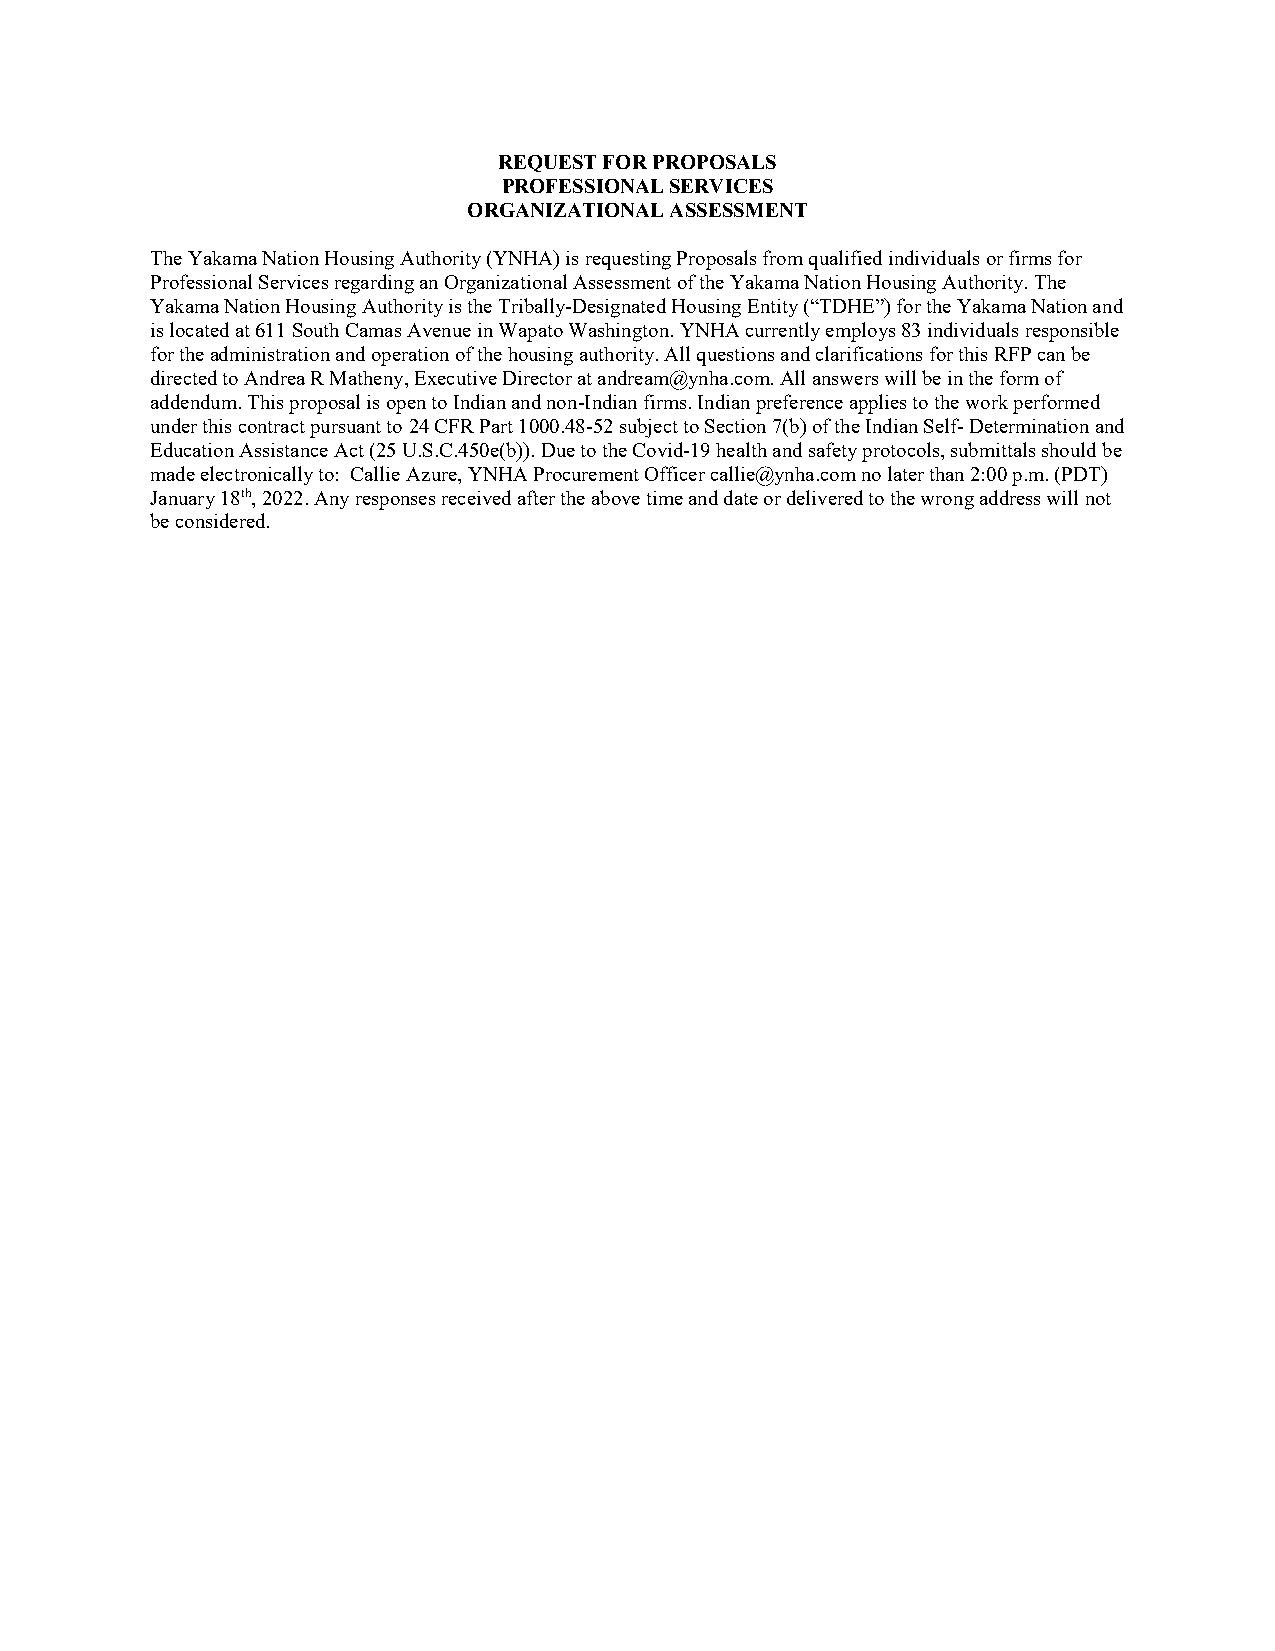
REQUEST FOR PROPOSALS
 PROFESSIONAL SERVICES
 ORGANIZATIONAL ASSESSMENT
 The Yakama Nation Housing Authority (YNHA) is requesting Proposals from qualified individuals or firms for
 Professional Services regarding an Organizational Assessment of the Yakama Nation Housing Authority. The
 Yakama Nation Housing Authority is the Tribally-Designated Housing Entity (“TDHE”) for the Yakama Nation and
 is located at 611 South Camas Avenue in Wapato Washington. YNHA currently employs 83 individuals responsible
 for the administration and operation of the housing authority. All questions and clarifications for this RFP can be
 directed to Andrea R Matheny, Executive Director at andream@ynha.com. All answers will be in the form of
 addendum. This proposal is open to Indian and non-Indian firms. Indian preference applies to the work performed
 under this contract pursuant to 24 CFR Part 1000.48-52 subject to Section 7(b) of the Indian Self- Determination and
 Education Assistance Act (25 U.S.C.450e(b)). Due to the Covid-19 health and safety protocols, submittals should be
 made electronically to: Callie Azure, YNHA Procurement Officer callie@ynha.com no later than 2:00 p.m. (PDT)
 January 18th, 2022. Any responses received after the above time and date or delivered to the wrong address will not
 be considered.